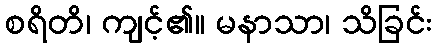
စရိတိ၊ ကျင့်၏။ မနာသာ၊ သိခြင်း